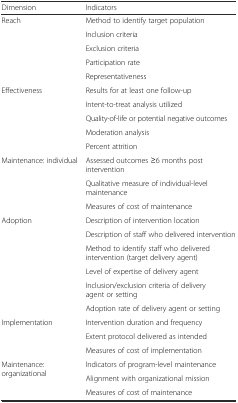
| Dimension | Indicators |
 | --- | --- |
 | <ROWSPAN=5> Reach | Method to identify target population |
 | Inclusion criteria |
 | Exclusion criteria |
 | Participation rate |
 | Representativeness |
 | <ROWSPAN=5> Effectiveness | Results for at least one follow-up |
 | Intent-to-treat analysis utilized |
 | Quality-of-life or potential negative outcomes |
 | Moderation analysis |
 | Percent attrition |
 | <ROWSPAN=3> Maintenance: individual | Assessed outcomes ≥6 months post intervention |
 | Qualitative measure of individual-level maintenance |
 | Measures of cost of maintenance |
 | <ROWSPAN=6> Adoption | Description of intervention location |
 | Description of staff who delivered intervention |
 | Method to identify staff who delivered intervention (target delivery agent) |
 | Level of expertise of delivery agent |
 | Inclusion/exclusion criteria of delivery agent or setting |
 | Adoption rate of delivery agent or setting |
 | <ROWSPAN=3> Implementation | Intervention duration and frequency |
 | Extent protocol delivered as intended |
 | Measures of cost of implementation |
 | <ROWSPAN=3> Maintenance: organizational | Indicators of program-level maintenance |
 | Alignment with organizational mission |
 | Measures of cost of maintenance |